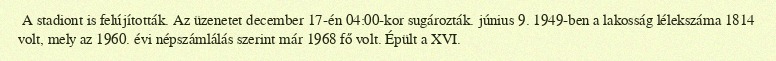
A stadiont is felújították. Az üzenetet december 17-én 04:00-kor sugározták. június 9. 1949-ben a lakosság lélekszáma 1814 volt, mely az 1960. évi népszámlálás szerint már 1968 fő volt. Épült a XVI.